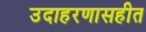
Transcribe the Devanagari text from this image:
उदाहरणासहीत